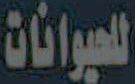
للحيوانات